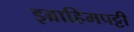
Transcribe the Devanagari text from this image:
इब्राहिमपट्टी